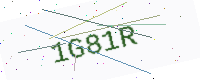
Text: 1G81R